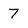
Character: 7